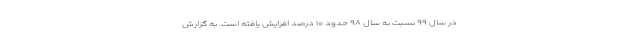
در سال ۹۹ نسبت به سال ۹۸ حدود ۱۰ درصد افزایش یافته است. به گزارش